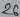
Text: 26